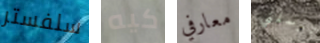
سلفستر كيه معارفي ترسلني